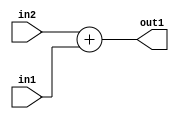
`timescale 1ps / 1ps
/*****************************************************************************
    Verilog RTL Description
    
    
    Created by: Stratus DpOpt 2019.1.01 
*******************************************************************************/

module SobelFilter_Add_19Ux17U_19U_1 (
	in2,
	in1,
	out1
	); /* architecture "behavioural" */ 
input [18:0] in2;
input [16:0] in1;
output [18:0] out1;
wire [18:0] asc001;

assign asc001 = 
	+(in2)
	+(in1);

assign out1 = asc001;
endmodule

/* CADENCE  ubH4Tgw= : u9/ySgnWtBlWxVPRXgAZ4Og= ** DO NOT EDIT THIS LINE ******/